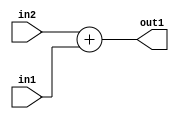
`timescale 1ps / 1ps
/*****************************************************************************
    Verilog RTL Description
    
    
    Created by: Stratus DpOpt 2019.1.01 
*******************************************************************************/

module SobelFilter_Add_19Ux17U_19U_1 (
	in2,
	in1,
	out1
	); /* architecture "behavioural" */ 
input [18:0] in2;
input [16:0] in1;
output [18:0] out1;
wire [18:0] asc001;

assign asc001 = 
	+(in2)
	+(in1);

assign out1 = asc001;
endmodule

/* CADENCE  ubH4Tgw= : u9/ySgnWtBlWxVPRXgAZ4Og= ** DO NOT EDIT THIS LINE ******/